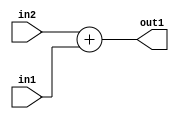
`timescale 1ps / 1ps
/*****************************************************************************
    Verilog RTL Description
    
    
    Created by: Stratus DpOpt 2019.1.01 
*******************************************************************************/

module SobelFilter_Add_19Ux17U_19U_1 (
	in2,
	in1,
	out1
	); /* architecture "behavioural" */ 
input [18:0] in2;
input [16:0] in1;
output [18:0] out1;
wire [18:0] asc001;

assign asc001 = 
	+(in2)
	+(in1);

assign out1 = asc001;
endmodule

/* CADENCE  ubH4Tgw= : u9/ySgnWtBlWxVPRXgAZ4Og= ** DO NOT EDIT THIS LINE ******/